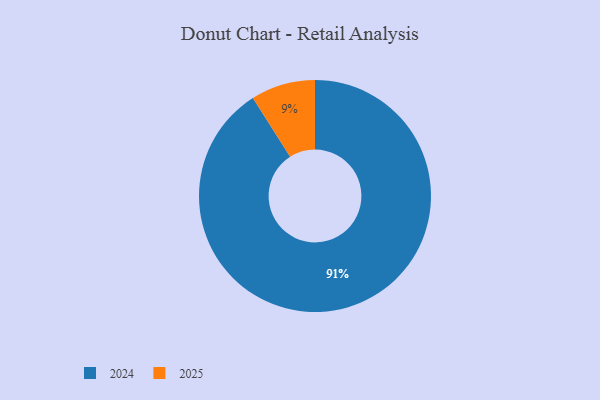
{"axis": {"x": "Category", "y": "Percentage"}, "legend": ["2024", "2025"], "data": [{"x": "2025", "y": 9, "type": "2025"}, {"x": "2024", "y": 91, "type": "2024"}]}